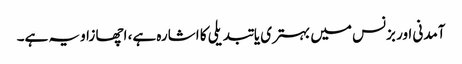
آمدنی اور بزنس میں بہتری یا تبدیلی کا اشارہ ہے، اچھا زاویہ ہے۔